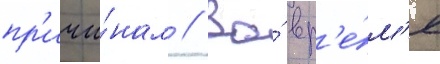
пр'ичи́нам // Во́ вр'е́м'я